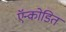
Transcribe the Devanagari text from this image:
ऍन्कोडित